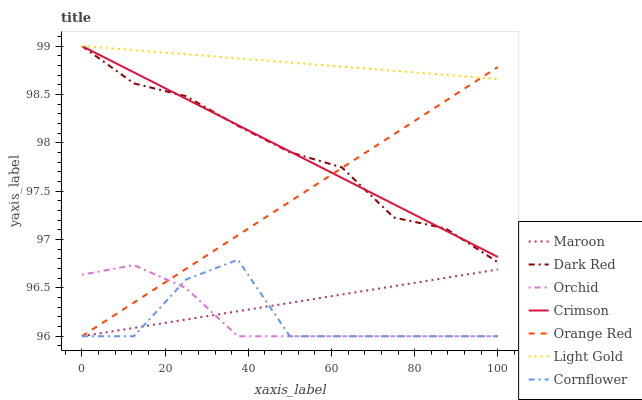
| xaxis_label | Maroon | Dark Red | Orchid | Crimson | Orange Red | Light Gold | Cornflower |
 | --- | --- | --- | --- | --- | --- | --- | --- |
 | 0 | 96 | 99 | 96.6 | 99 | 96 | 99 | 96 |
 | 12.5 | 96.1 | 98.6 | 96.7 | 98.7 | 96.3 | 99 | 96 |
 | 25 | 96.2 | 98.5 | 96.5 | 98.5 | 96.7 | 98.9 | 96.6 |
 | 37.5 | 96.3 | 98.2 | 96 | 98.2 | 97 | 98.9 | 96.8 |
 | 50 | 96.3 | 97.9 | 96 | 97.9 | 97.4 | 98.8 | 96 |
 | 62.5 | 96.4 | 97.7 | 96 | 97.6 | 97.7 | 98.8 | 96 |
 | 75 | 96.5 | 97.2 | 96 | 97.4 | 98.1 | 98.7 | 96 |
 | 87.5 | 96.6 | 97.1 | 96 | 97.1 | 98.4 | 98.7 | 96 |
 | 100 | 96.7 | 96.8 | 96 | 96.8 | 98.8 | 98.7 | 96 |